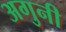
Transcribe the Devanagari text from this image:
अगुनी